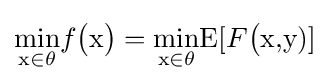
{\underset {{\text{x}}\in \theta }{\min }}f{\bigl (}{\text{x}}{\bigr )}={\underset {{\text{x}}\in \theta }{\min }}\mathrm {E} [F{\bigl (}{\text{x,y}})]